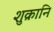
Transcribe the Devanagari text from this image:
शुक्रानि